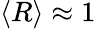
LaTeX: \langle R\rangle\approx 1